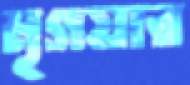
মৃগয়ার